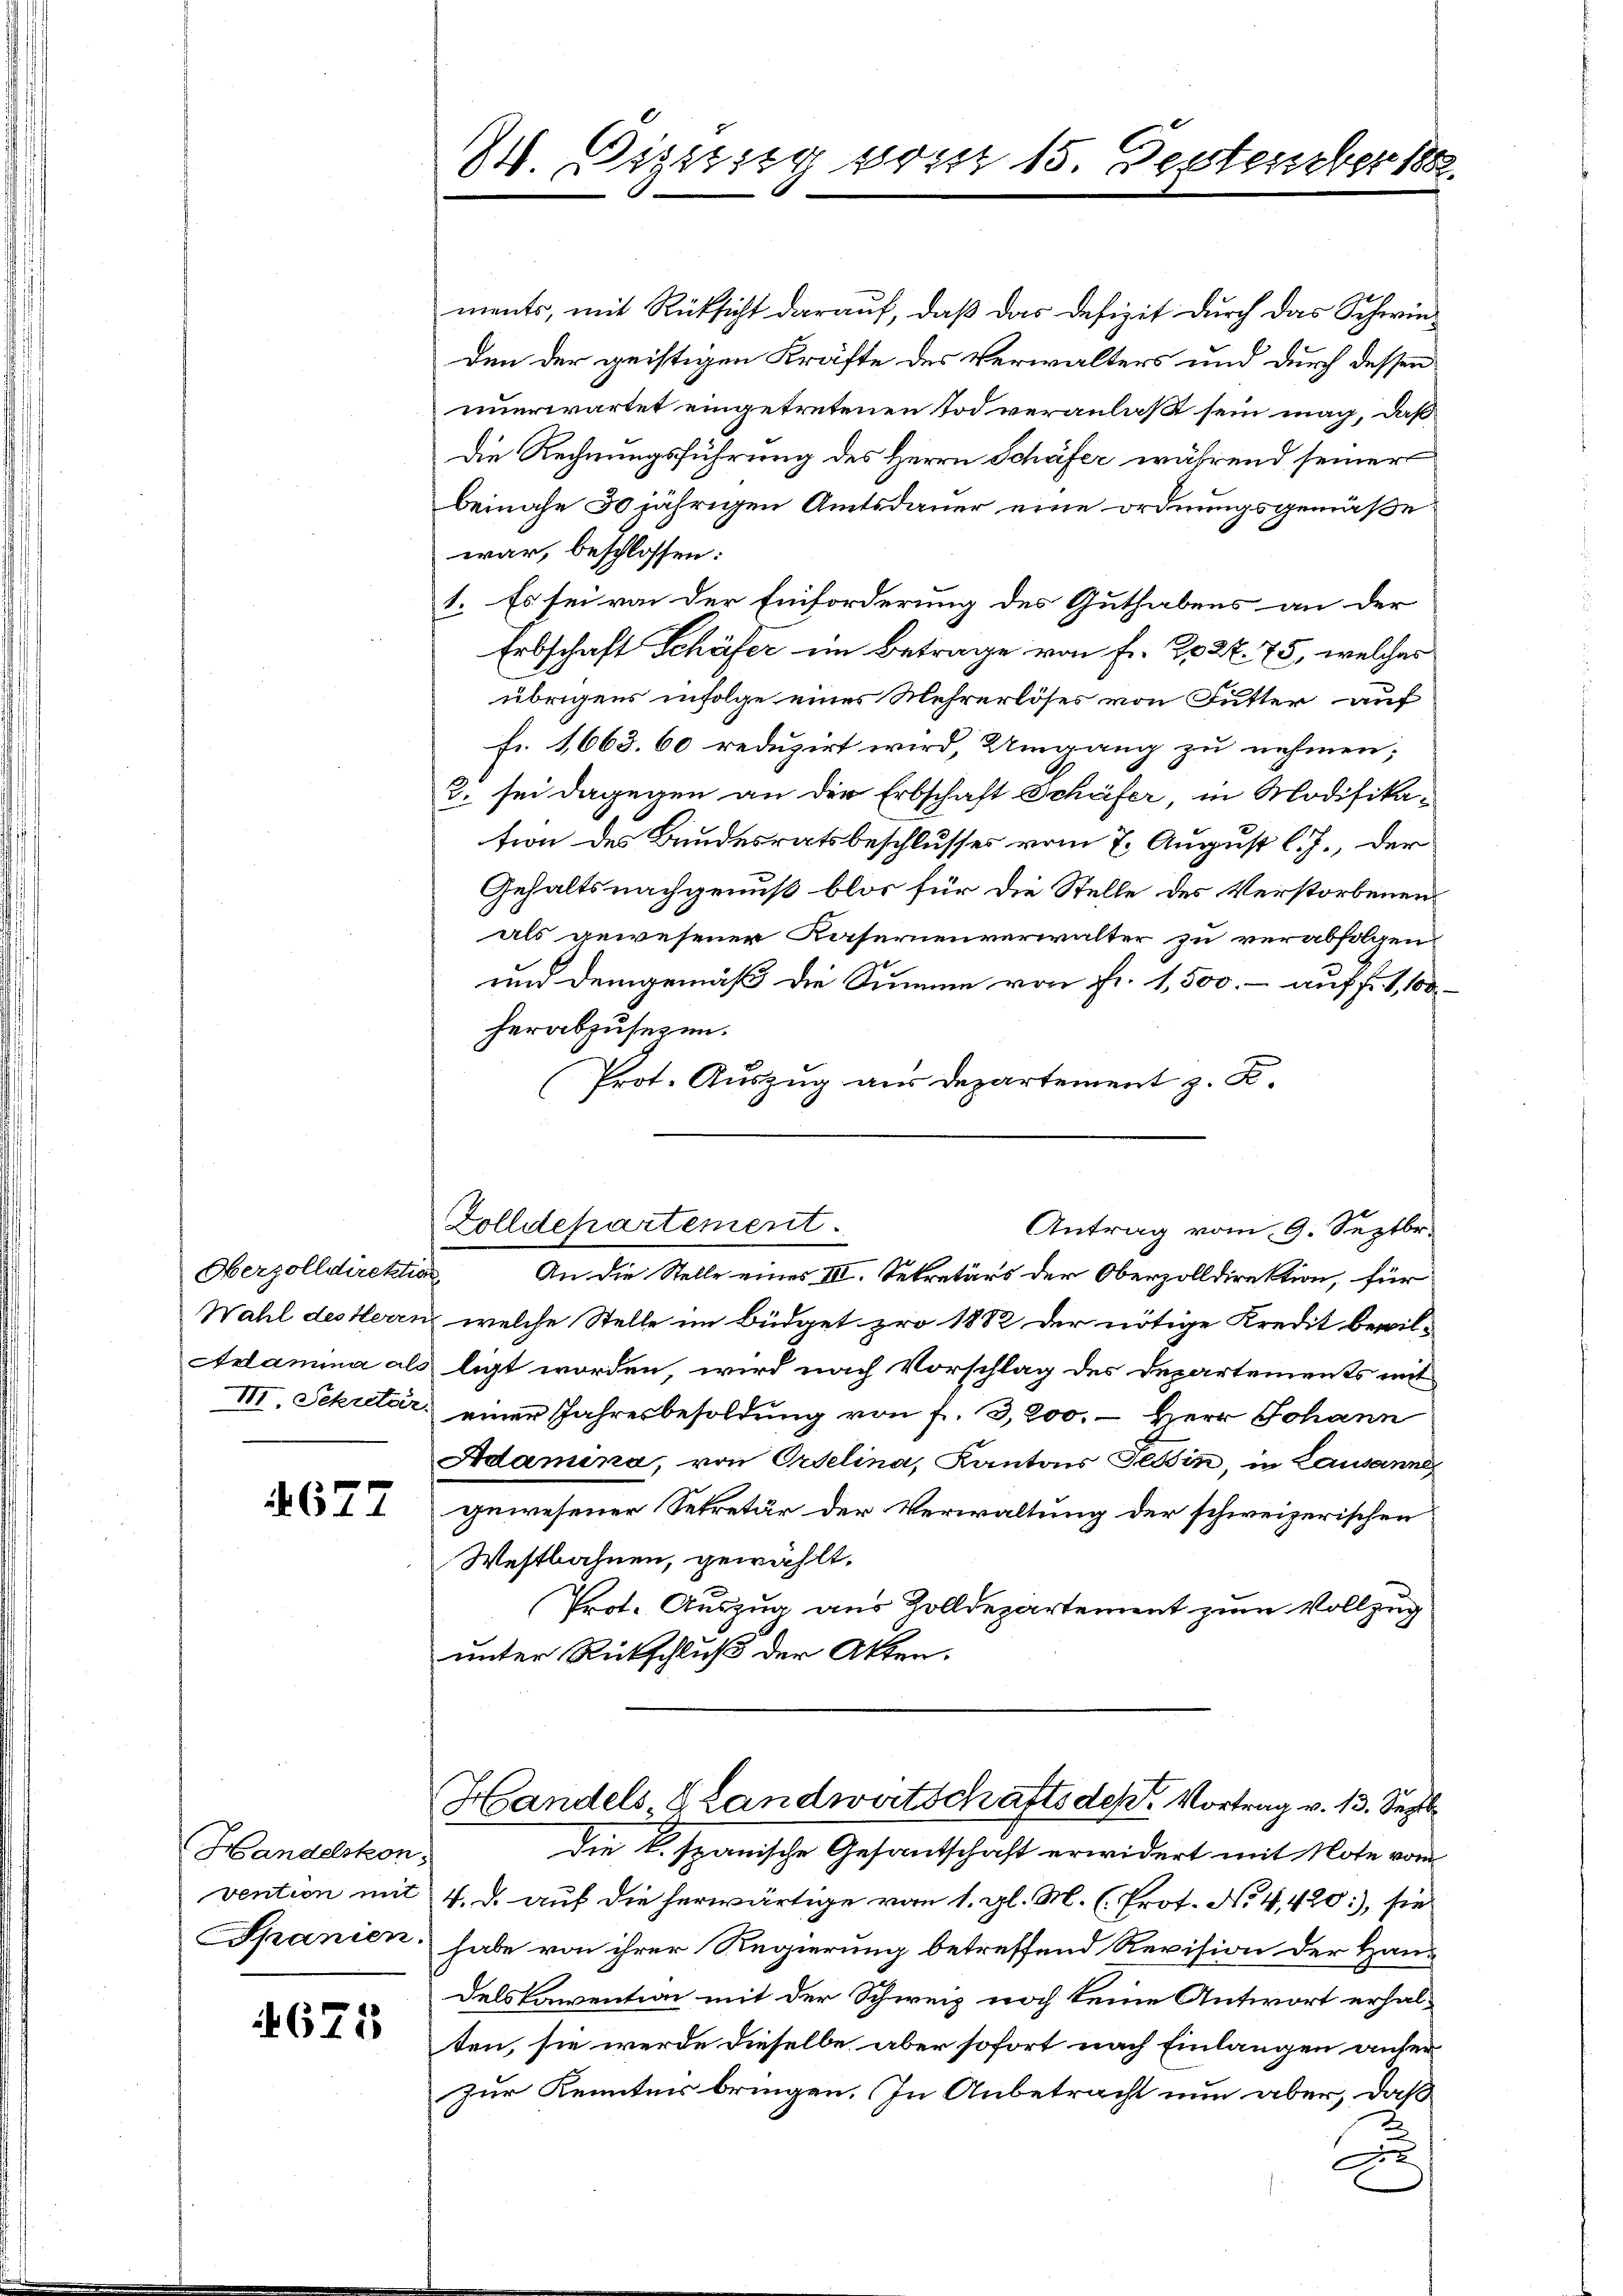
Oberzolldirektion

4677

Handelskon
vention mit
Spanien

671

2 Oizsteig vom 15. Deptember 188

ments, mit Rücksicht darauf, daß das Defizit durch das Schwieden der geistigen Kräfte des Verwalters und durch dessen
unerwartet eingetretenen Tod veranlaß sein mag, daß
Die Rechnungsführung des Herrn Schäfer während seiner
beinahe 50 jährigen Amtsdauer eine ordnungsgemäße
war, beschlossen:
1. Es sei von der Einforderung des Guthabens an der
Erbschaft Schäfer im Betrage von Fr. 202 f. 75, welcher
übrigens infolge eines Mehrerlöses von Futter auf
fr. 1663. 60 reduzirt wird, Umgang zu nehmen;
3. sei dagegen an der Erbschaft Schäfer, in Modifikation des Bundesratsbeschlusses vom 7. August l. J., der
Gehalts nachgenuß blos für die Stelle des Verstorbenen
als gewesener Kasernenverwalter zu verabfolgen.
und demgemäß die Summe von Fr. 1,500.- auf f. 1,100
herabzusezen.
Prot. Auszug aus Departement z. B.

An die Stelle eines III. Sekretärs der Oberzolldirektion, für
Wahl des Herrn, welche Stelle im Büdget pro 1882 der nötige Kredit bewil-
Aelamina als ligt worden, wird nach Vorschlag des Departements mit
III. Sekular einer Jahresbesoldung von f. 3,200. – Herr Johann
Adamina, von Ordelina, Kantons Tessin, in Lausanne
gewesener Sekretär der Verwaltung der schweizerischen
Westbahnen, gewählt.
Prot. Auszug aus Zolldepartement zum Vollzug
unter Rutschluß der Akten.

Zolldepartement.
Antrag vom 9. Septbr.

Handels- & Landwirtschafts des Vortrag v. 13. Septb

Die l. spanische Gesantschaft erwidert mit Note vom
4. d. auf die herwärtige von 1. gl. M. (Prot. No 4,420), sie
habe von ihrer Regierung betreffend Revision der Hand
delskonvention mit der Schweiz noch keine Antwort erhalten, sie werde dieselbe aber sofort nach Einlangen anfer
zur Kenntnis bringen. In Anbetracht nun aber, daß
A